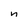
Character: n